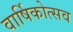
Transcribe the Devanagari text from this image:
वार्षिकोत्‍सव